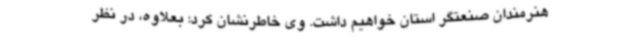
هنرمندان صنعتگر استان خواهیم داشت. وی خاطرنشان کرد: بعلاوه، در نظر